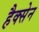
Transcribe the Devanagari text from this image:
हैक्सेन